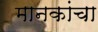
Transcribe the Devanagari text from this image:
मानकांचा